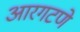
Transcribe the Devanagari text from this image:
आरगटणे